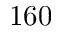
1 6 0